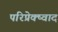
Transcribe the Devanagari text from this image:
परिप्रेक्ष्वाद